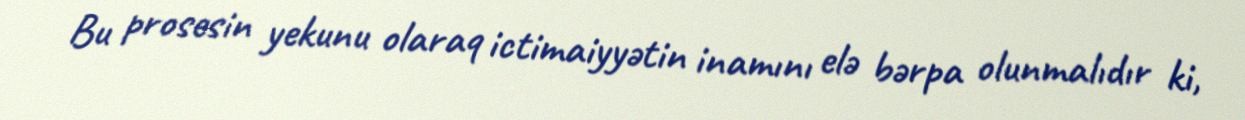
Bu prosesin yekunu olaraq ictimaiyyətin inamını elə bərpa olunmalıdır ki,